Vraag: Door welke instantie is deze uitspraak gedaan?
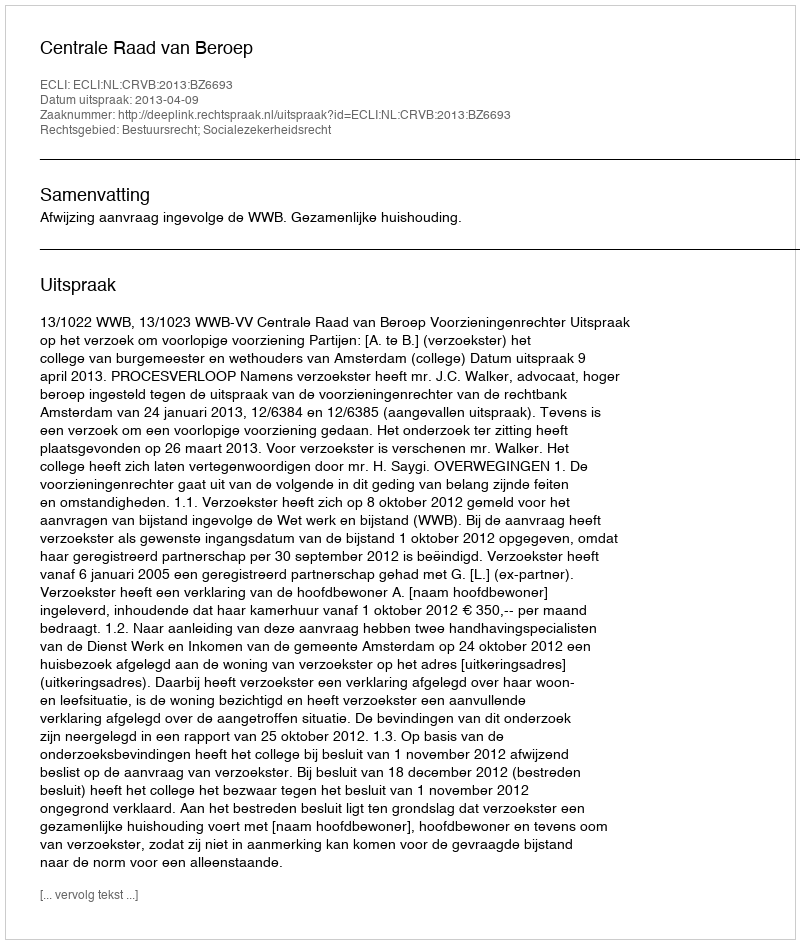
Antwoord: Centrale Raad van Beroep